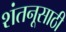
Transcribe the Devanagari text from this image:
शंतनूसाठी